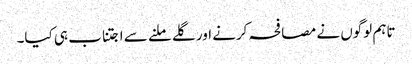
تاہم لوگوں نے مصافحہ کرنے اور گلے ملنے سے اجتناب ہی کیا۔